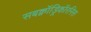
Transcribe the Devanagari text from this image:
सबक्वॉड्रिकॉरनिस